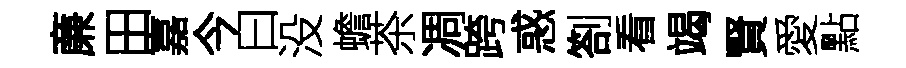
亷田嘉今曰没蟾茶凋跨惑劄看竭賢愛點